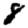
Digit: 8